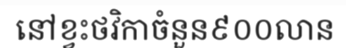
នៅខ្វះថវិកាចំនួន៩០០លាន